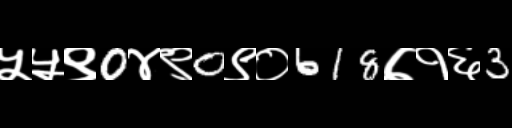
Text: ५५९0४९0९०618७१६3